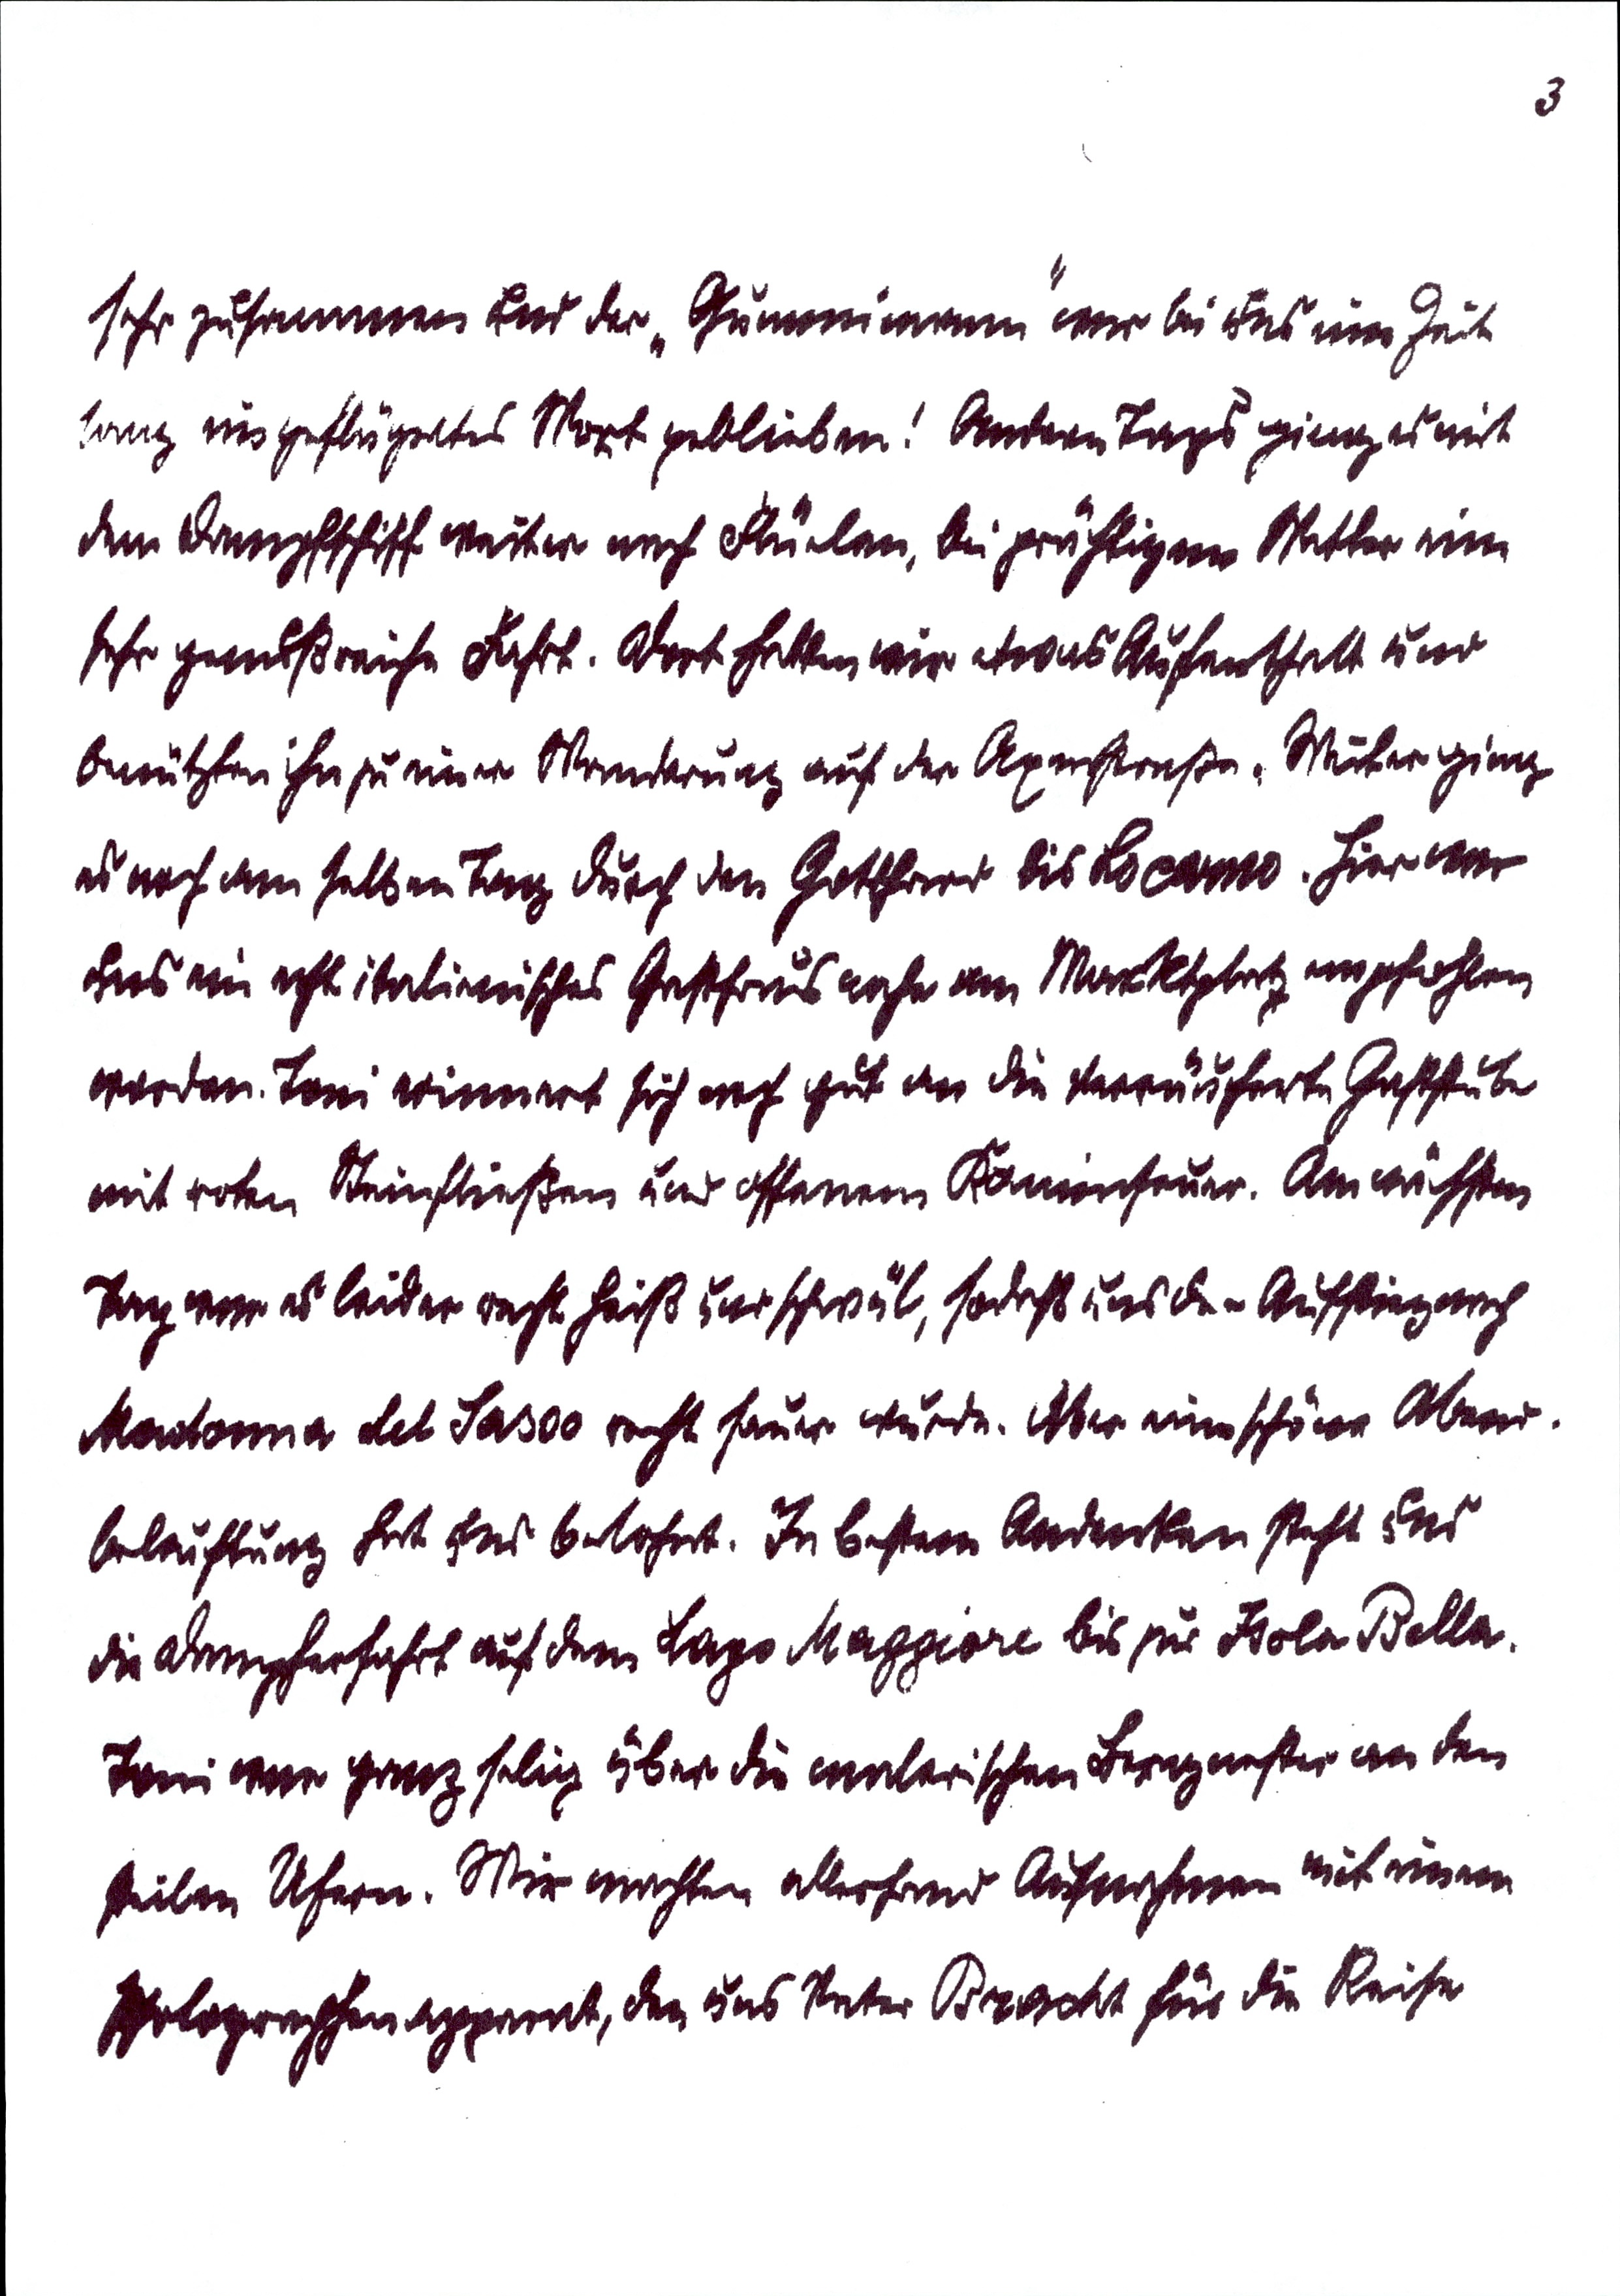
3
sehr zusammen und der "Gummimann" war bei uns eine Zeit
lang ein geflügeltes Wort geblieben! Anderen Tags ging es mit
dem Dampfschiff weiter nach Flüelen, bei prächtigen Wetter eine
sehr genußreiche Fahrt. Dort hatten wir etwas Aufenthalt und
benützen ihn zu einer Wanderung auf der Axenstraße. Weiter ging
es noch am selben Tag durch den Gotthard bis Locarno. Hier war
uns ein echt italienisches Gasthaus nahe am Marktplatz empfohlen
worden. Toni erinnert sich noch gut an die verräucherte Gaststube
mit roten Steinfließen und offenen Kaminfeuer. Am nächsten Tag
war es leider recht heiß und schwül, sodaß uns der Aufstieg nach
Madonna del Sasso recht sauer wurde. Aber eine schöne Abend¬
beleuchtung hat uns belohnt. In besten Andenken steht uns
die Dampferfahrt auf dem Lago Maggiore bis zur Isola Bella.
Toni war ganz selig über die malerischen Bergnester an den
steilen Ufern. Wir machten allerhand Aufnahmen mit einem
Photographenapparat, den uns Peter Bracht für die Reise